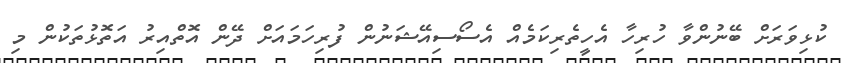
ކުޅިވަރަށް ބޭނުންވާ ހުރިހާ އެހީތެރިކަމެއް އެސޯސިއޭޝަނުން ފުރިހަމައަށް ދޭން އޮތްއިރު އަތޮޅުތަކުން މި